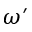
\omega ^ { \prime }